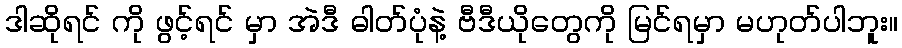
ဒါဆိုရင် ကို ဖွင့်ရင် မှာ အဲဒီ ဓါတ်ပုံနဲ့ ဗီဒီယိုတွေကို မြင်ရမှာ မဟုတ်ပါဘူး။